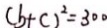
( b + c ) ^ { 2 } = 3 0 0